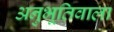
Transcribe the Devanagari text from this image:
अनुभूतिवाला